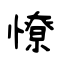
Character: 憭